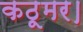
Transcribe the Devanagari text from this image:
कठूमर।